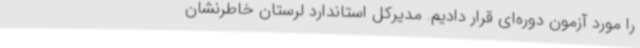
را مورد آزمون دوره‌ای قرار دادیم. مدیرکل استاندارد لرستان خاطرنشان